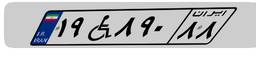
۱۹W۸۹۰۸۸